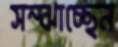
সম্‌ঝাচ্ছেন